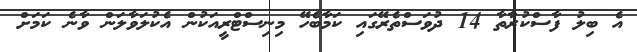
އެ ބިލު ފާސްކުރާތާ 14 ދުވަސްތެރޭގައި ކަމާބެހޭ މިނިސްޓްރީއަކުން އެކުލަވާލަން ވާނެ ކަމަށް